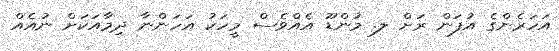
އަހަރެންގެ އުފަން ރަށް ލ. މުންޑޫ އެއްވެސް މީހަކު އަހަންނާ ދިމާއަކަށް ނުއެއް